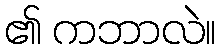
၏ ကဘာလဲ။